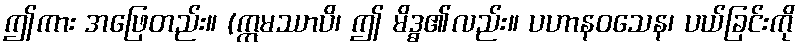
ဤကား အဖြေတည်း။ (ဣမဿာပိ၊ ဤ မိဒ္ဓ၏လည်း။ ပဟာနဝသေန၊ ပယ်ခြင်းကို